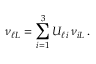
\nu _ { \ell L } = \sum _ { i = 1 } ^ { 3 } U _ { \ell i } \, \nu _ { i L } \, .